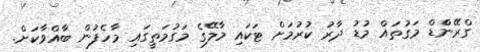
ގްރޭންްޑް މަގުތައް މުޑު ދާރު ކުރުމަށް ޓަކައި މާލޭގެ މަގުމަތީގައި މާހެފުން ބާއްވާކަށް.